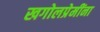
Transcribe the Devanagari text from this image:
खगोलप्रेमींना